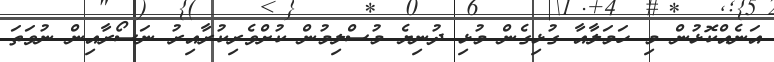
އަނެއްކޮޅުން މި ހަމަލާއާ ގުޅިގެން މުޅި ދުނިޔެ މުސްލިމުން ކުށްވެރިކުރާއިރު ނަސޯރާއިން ނުވަތަ